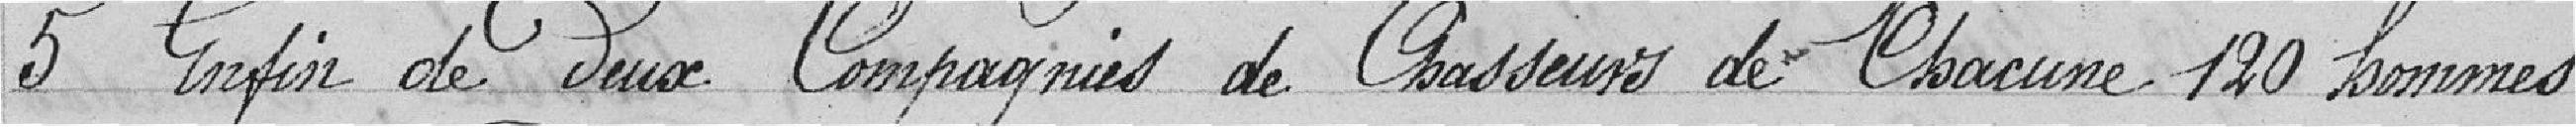
5 Enfin de deux Compagnies de Chasseurs de chacune 120 hommes